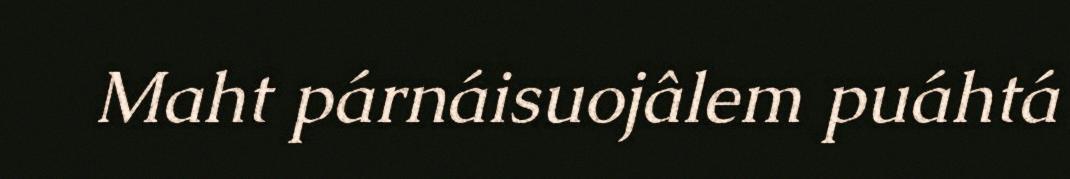
Maht párnáisuojâlem puáhtá